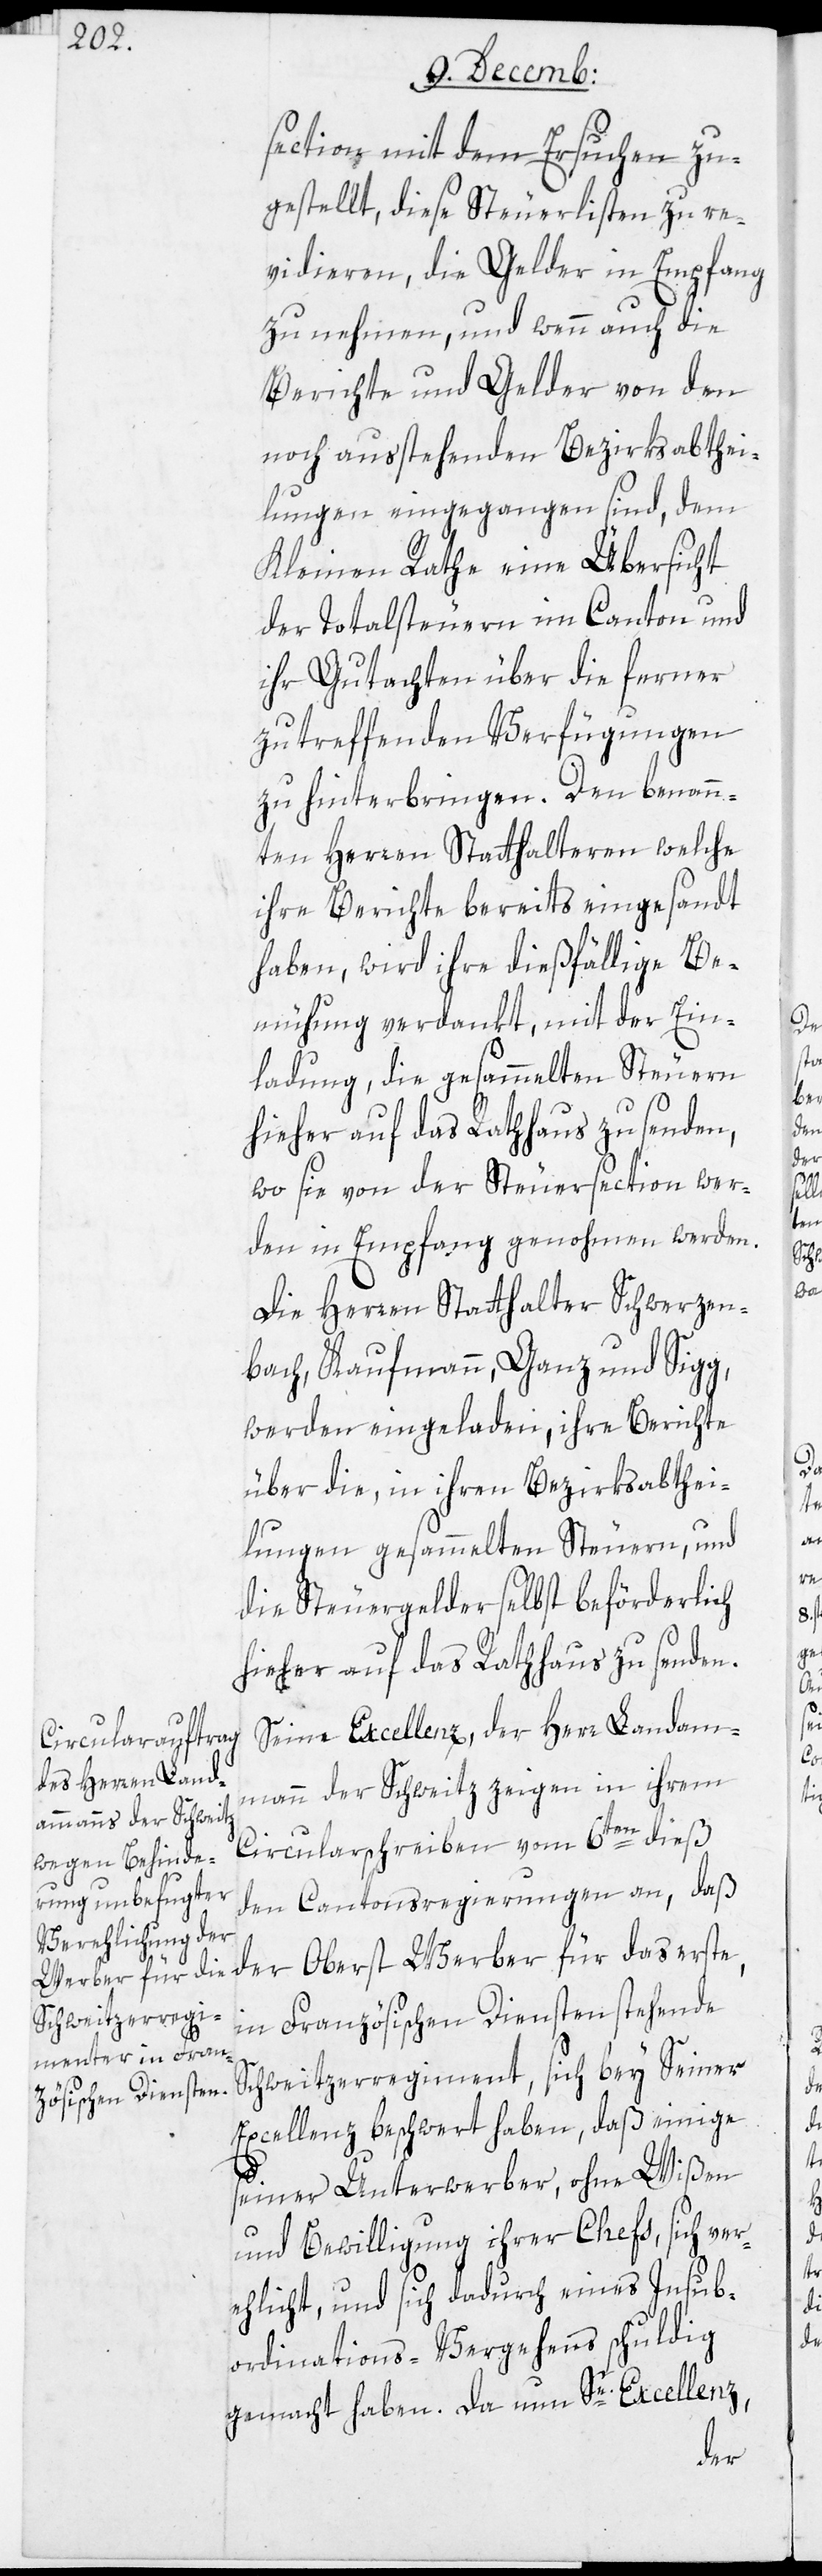
section mit dem Ersuchen zu¬
gestellt, diese Steuerliste zu re¬
vidieren, die Gelder in Empfang
zu nehmen, und wenn auch die
Berichte und Gelder von den
noch außtehenden Bezirksabthei¬
lungen eingegangen sind, dem
Kleinen Rathe eine Übersicht
der Totalsteuern im Canton und
ihr Gutachten über die ferner
zu treffenden Verfügungen
zu hinterbringen. Den benann¬
ten Herren Statthalteren, welche
ihre Berichte bereits eingesandt
haben, wird ihre dießfällige Be¬
mühung verdankt, mit der Ein¬
ladung, die gesammelten Steuern
hieher auf das Rathhaus zu senden,
wo sie von der Steuersection wer¬
den in Empfang genohmen werden.
Die Herren Statthalter Schwerzen¬
bach, Kaufmann, Ganz und Sigg
werden eingeladen, ihre Berichte
über die, in ihren Bezirksabthei¬
lungen gesammelten Steuern, und
die Steuergelder selbst beförderlich
hieher auf das Rathhaus zu senden.
Seine Excellenz der Herr Landam¬
mann der Schweitz zeigen in ihrem
Circularschreiben vom 6ten dieß
den Cantonsregierungen an, daß
in Französischen Diensten stehende
Schweitzerregiment, sich bey Seiner
Excellenz beschwert haben, daß einige
seiner Unterwerber, ohne Wißen
und Bewilligung ihrer Chefs, sich ver¬
ehlicht, und sich dadurch eines Insub¬
ordinations-Vergehens schuldig
gemacht haben. Da nun Se. Excellenz,
der